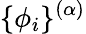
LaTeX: \{ \phi_{i}\} ^{(\alpha)}